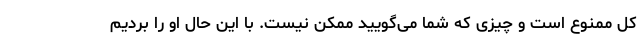
کل ممنوع است و چیزی که شما می‌گویید ممکن نیست. با این حال او را بردیم